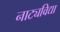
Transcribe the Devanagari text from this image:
नाट्यविद्या